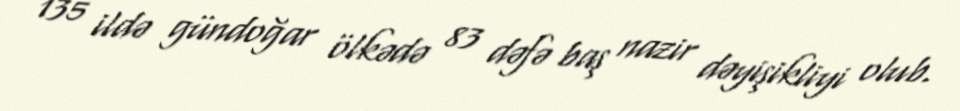
135 ildə gündoğar ölkədə 83 dəfə baş nazir dəyişikliyi olub.